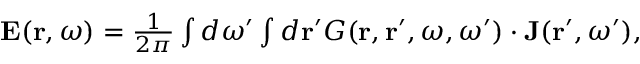
\begin{array} { r } { { \bf E } ( { \bf r } , \omega ) = \frac { 1 } { 2 \pi } \int d \omega ^ { \prime } \int d { \bf r } ^ { \prime } G ( { \bf r } , { \bf r } ^ { \prime } , \omega , \omega ^ { \prime } ) \cdot { \bf J } ( { \bf r } ^ { \prime } , \omega ^ { \prime } ) , } \end{array}